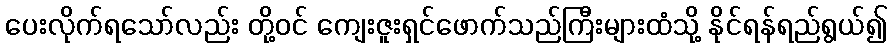
ပေးလိုက်ရသော်လည်း တို့ဝင် ကျေးဇူးရှင်ဖောက်သည်ကြီးများထံသို့ နိုင်ရန်ရည်ရွယ်၍